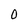
Character: 0